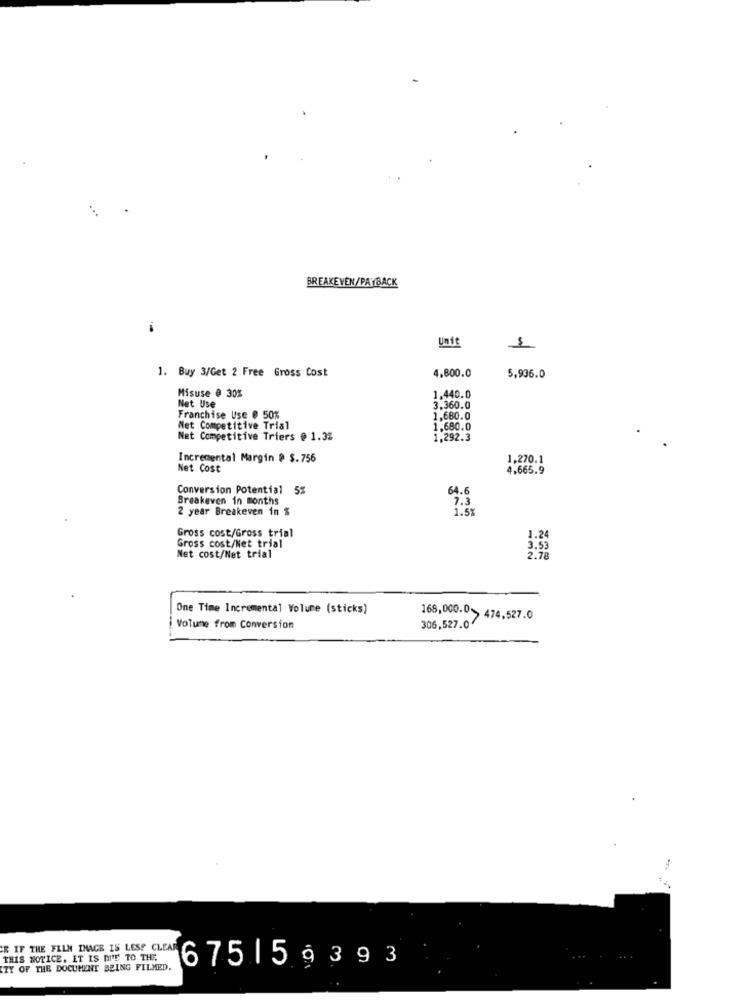
BREAKEVEN/PAYBACK
4.800.0
1. Buy 3/Get 2 Free Gross Cost
5,936.0
Misuse @ 30%
1,440.0
Net Use
3.360.0
Franchise Use @ 50%
1,680.0
Met Competitive Trial
1.680.0
Net Competitive Triers @ 1.32
1,292.3
Incremental Margin @ $.756
1,270.1
Net Cost
4,665.9
Conversion Potential 5%
64.6
Breakeven in months
7.3
2 year Breakeven in %
1.5%
Gross cost/Gross trial
1.24
Gross cost/Net trial
Net cost/Net trial
3.53
2.78
One Time Incremental Volume (sticks)
168,000.0 474,527.0
i Volume from Conversion
306,527.0
R IF THE FILM IMAGE IS LESS CLEAR
THIS NOTICE. IT IS MIT TO THE
TY OF THE DOCUMENT BEING FILMED.
6751 5 9393